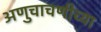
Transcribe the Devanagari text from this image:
अणुचाचणीच्या